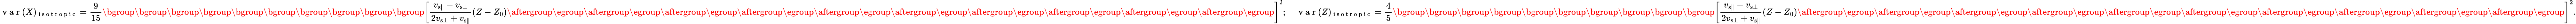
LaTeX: \mathrm{~v~a~r~}(X)_{\mathrm{~i~s~o~t~r~o~p~i~c~}}=\frac{9}{15}\mathopen{}\mathclose\bgroup\mathopen{}\mathclose\bgroup\mathopen{}\mathclose\bgroup\mathopen{}\mathclose\bgroup\mathopen{}\mathclose\bgroup\mathopen{}\mathclose\bgroup\mathopen{}\mathclose\bgroup\mathopen{}\mathclose\bgroup\mathopen{}\mathclose\bgroup\mathopen{}\mathclose\bgroup\left[\frac{v_{{\mathrm{s}}\parallel}-v_{{\mathrm{s}}\bot}}{2v_{{\mathrm{s}}\bot}+v_{{\mathrm{s}}\parallel}}(Z-Z_{0})\aftergroup\egroup\aftergroup\egroup\aftergroup\egroup\aftergroup\egroup\aftergroup\egroup\aftergroup\egroup\aftergroup\egroup\aftergroup\egroup\aftergroup\egroup\aftergroup\egroup\right]^{2};\quad\mathrm{~v~a~r~}(Z)_{\mathrm{~i~s~o~t~r~o~p~i~c~}}=\frac{4}{5}\mathopen{}\mathclose\bgroup\mathopen{}\mathclose\bgroup\mathopen{}\mathclose\bgroup\mathopen{}\mathclose\bgroup\mathopen{}\mathclose\bgroup\mathopen{}\mathclose\bgroup\mathopen{}\mathclose\bgroup\mathopen{}\mathclose\bgroup\mathopen{}\mathclose\bgroup\mathopen{}\mathclose\bgroup\left[\frac{v_{{\mathrm{s}}\parallel}-v_{{\mathrm{s}}\bot}}{2v_{{\mathrm{s}}\bot}+v_{{\mathrm{s}}\parallel}}(Z-Z_{0})\aftergroup\egroup\aftergroup\egroup\aftergroup\egroup\aftergroup\egroup\aftergroup\egroup\aftergroup\egroup\aftergroup\egroup\aftergroup\egroup\aftergroup\egroup\aftergroup\egroup\right]^{2}.